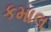
કમાલ